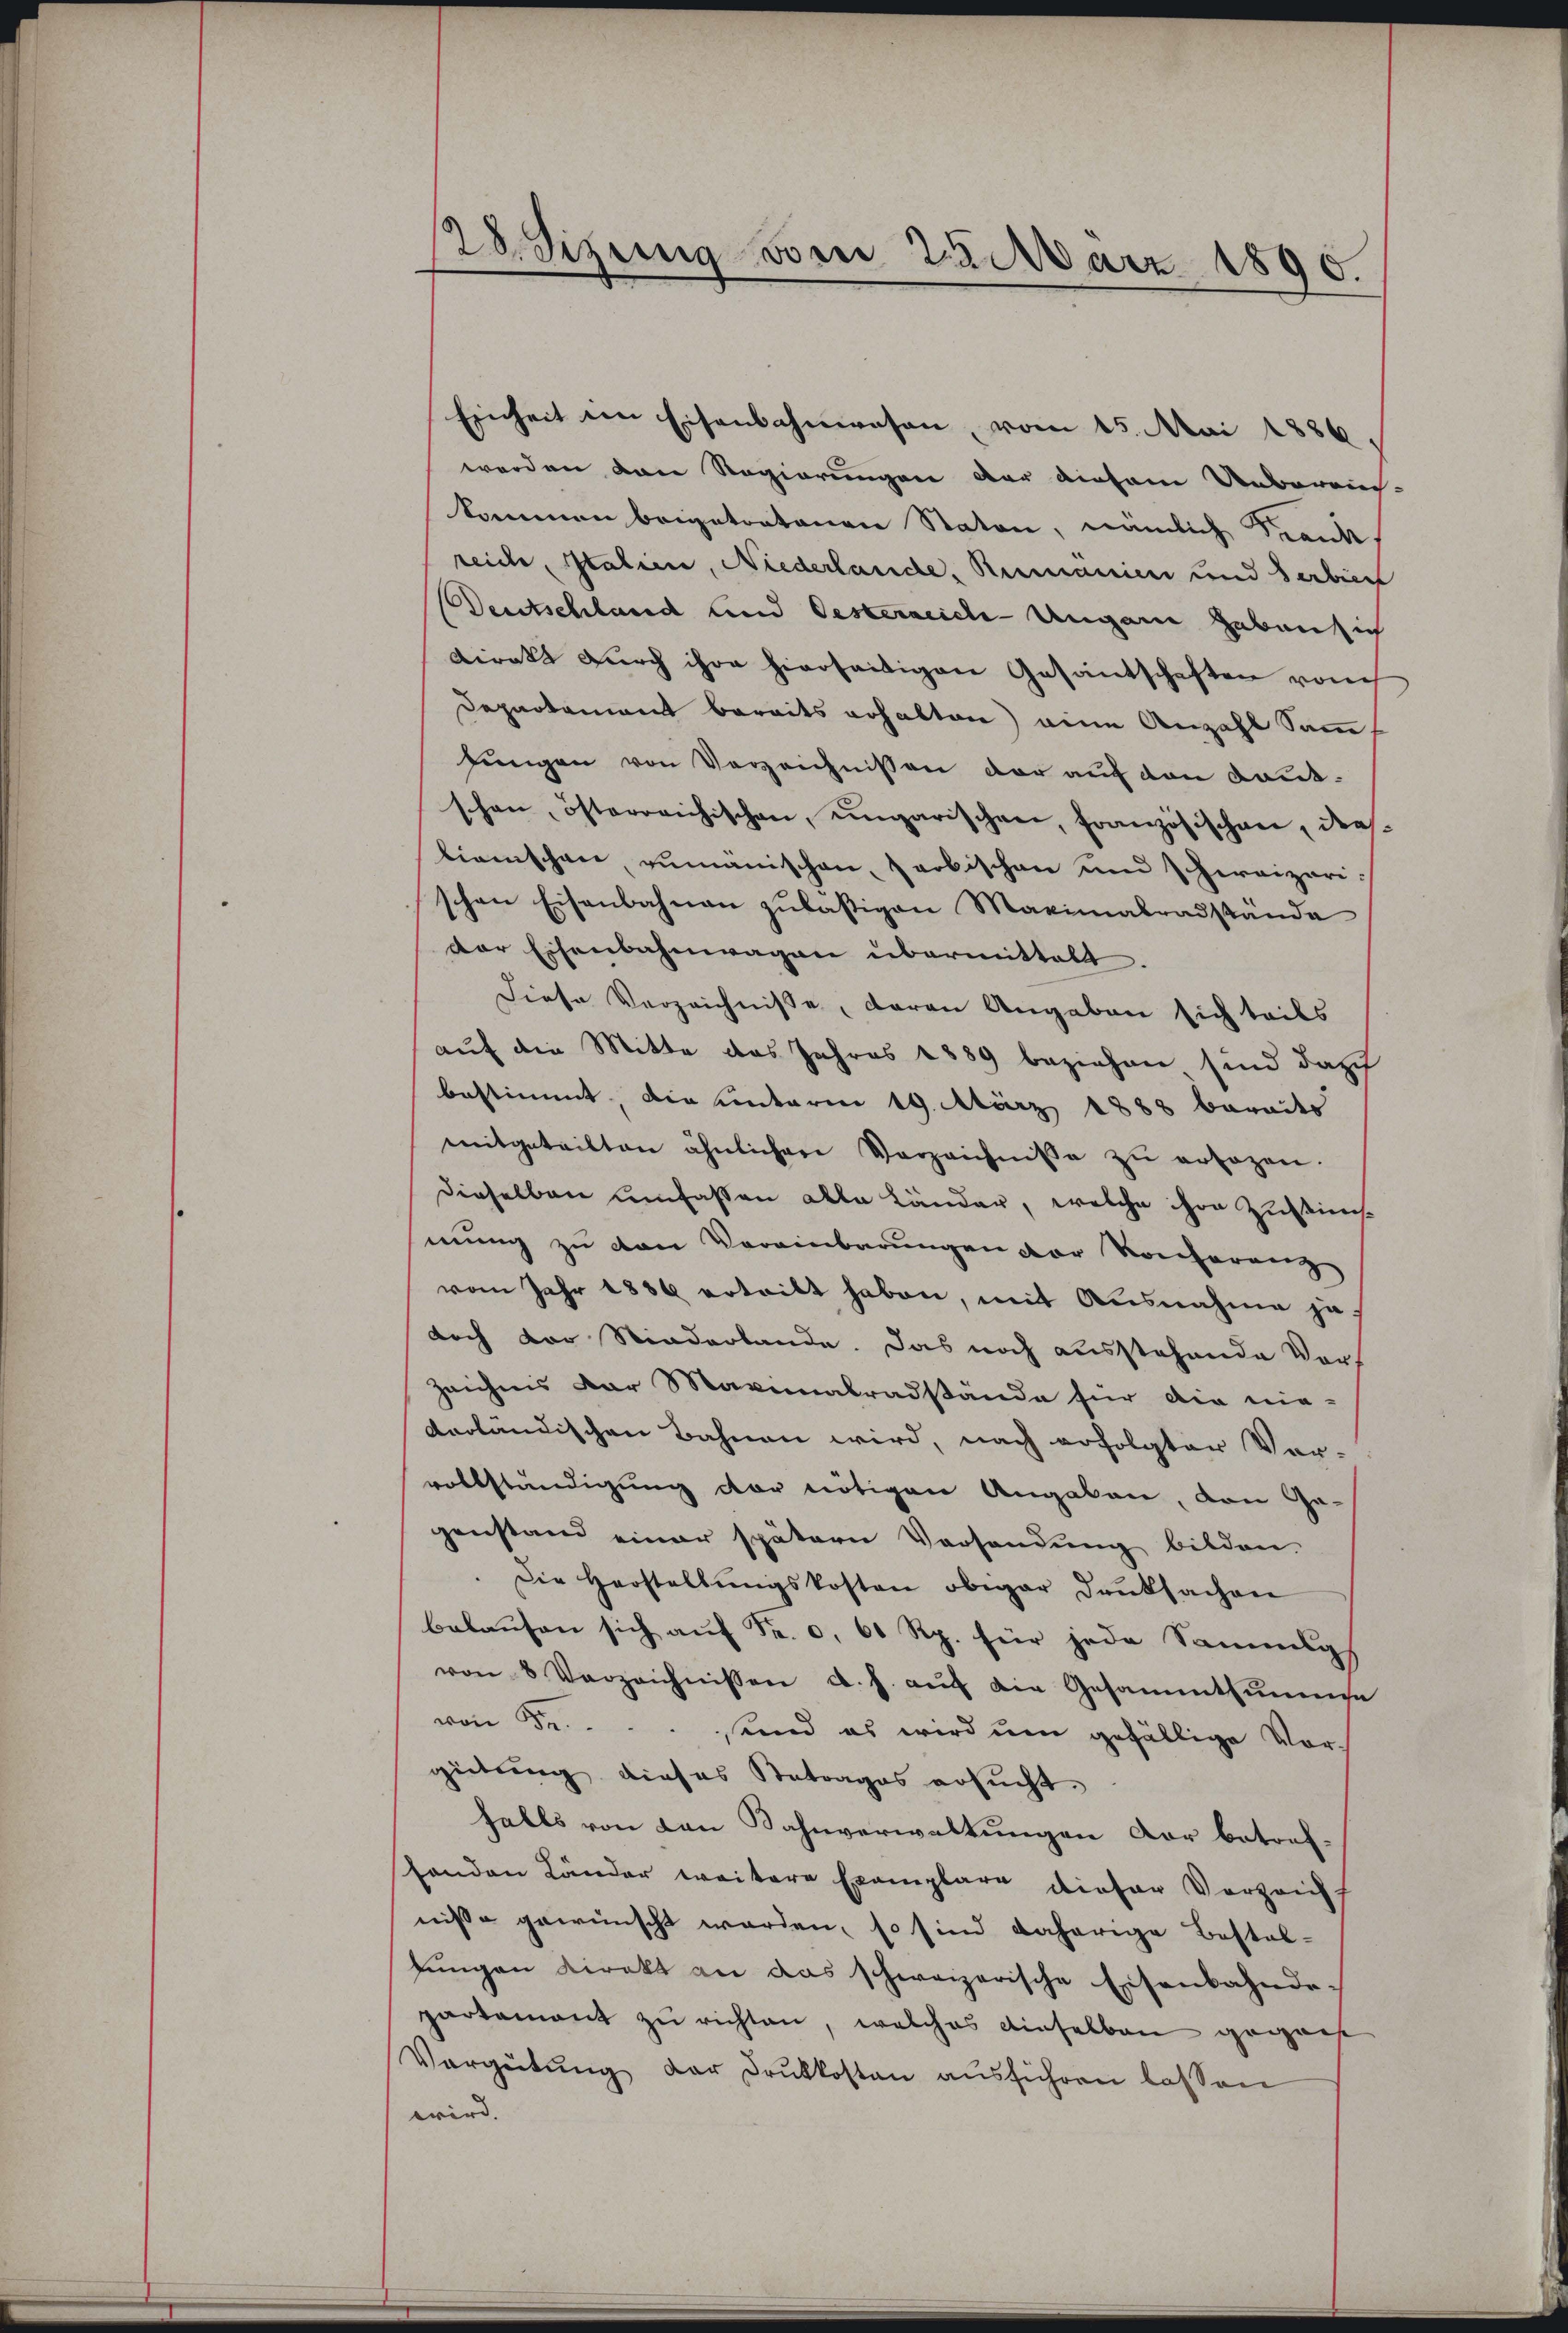
128. Sizung vom 22. März 1890.

Einheit im Eisenbahnwesen, vom 15. Mai 1886,
worden dann Regierungen der diesem Ueberrich-
kommen beigetratarrer Staten, nämlich Frank
reich, Italien, Niederlande, Remanien und Serbien
Deutschland und Oesterreiche Ungarn gebaut ich
Direkt durch ihre hierseitigen Gesantschaften vom
Departement bereits erhalten) eine Anzahl Samm¬
Jungen von Verzeichnissen der auf den Kont-
schen, österreichischen, ungarischen, französischen, die
lieischen, zumanischen, farbischen und hiraipari
schen Eisenbahnen zŭlasigen Maximalradstände
der Eisenbahnwagen übermittelt
Diese Verzeichnisse, daran Angaben sich teils
auf die Mitte das Jahres 1889 beziehen sind darf
bestimmt, die unterm 19. März 1888 barades
mitgeteilten ähnlichen Verzeichnisse zŭ ersagen.
dieselben umfassen alle Länder, welche ihre Zustimmnung zu von Vereinbarungen der Konferenz
vom Jahr 1886 ertritt haben, mit Ausnahme ja
doch vor Stiederbande. Das noch ausstehende Vor¬
Zeichnis der Marinabradstände für die nie-
derländischen Bahnen wird, nach erfolgter Vor-
vollständigung der nötigen Angaben, von Ge-
genstand einer spätern Versendung bilden.
Die Herstellŭngskosten obiger Danksachen
belaufen sich auf Fr. 0, 60 Rp. für jede Sammlgs
von 8 Verzeichnissen d. h. aŭf die Gesammtsumme
von Fr. . . . send es wird ŭm gefällige Vor-
gütung dieses Betrages ersucht.
falls von von Bahnverwaltungen vor betrefshanden Länder weitere Exemplare dieser Verzeich-
niße gewünscht worden, so sind daherige Bestaljungen direkt an das schweizerische Eisenbahnde-
partement zu richten, welches dieselben gegens
Vergütŭng der Drŭkkosten ausführen lassen
wird. |